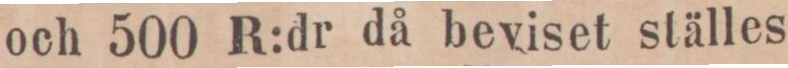
och 500 R:dr då beviset ställes